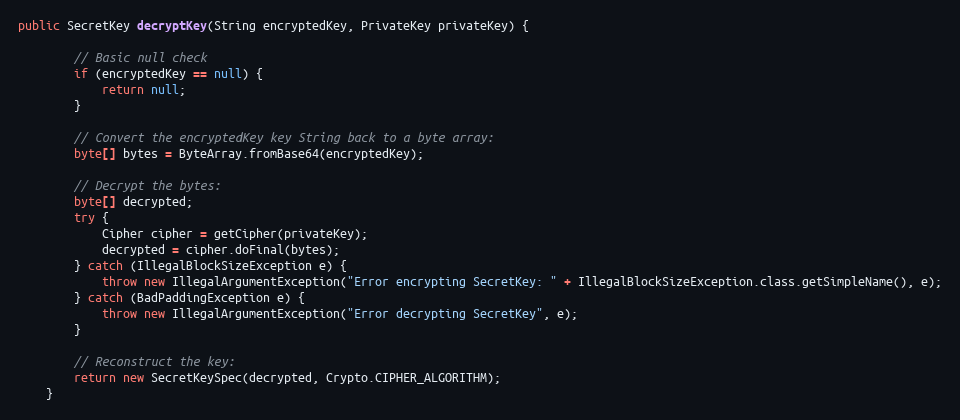
Language: Java
public SecretKey decryptKey(String encryptedKey, PrivateKey privateKey) {

        // Basic null check
        if (encryptedKey == null) {
            return null;
        }

        // Convert the encryptedKey key String back to a byte array:
        byte[] bytes = ByteArray.fromBase64(encryptedKey);

        // Decrypt the bytes:
        byte[] decrypted;
        try {
            Cipher cipher = getCipher(privateKey);
            decrypted = cipher.doFinal(bytes);
        } catch (IllegalBlockSizeException e) {
            throw new IllegalArgumentException("Error encrypting SecretKey: " + IllegalBlockSizeException.class.getSimpleName(), e);
        } catch (BadPaddingException e) {
            throw new IllegalArgumentException("Error decrypting SecretKey", e);
        }

        // Reconstruct the key:
        return new SecretKeySpec(decrypted, Crypto.CIPHER_ALGORITHM);
    }